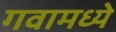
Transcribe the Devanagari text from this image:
गवामध्ये